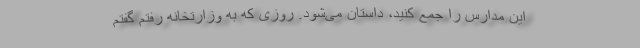
این مدارس را جمع کنید، داستان می‌شود. روزی که به وزارتخانه رفتم گفتم